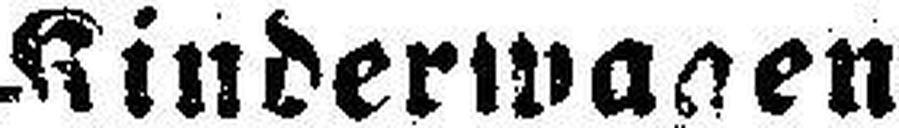
Kinderwagen